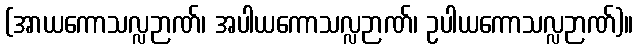
(အာယကောသလ္လဉာဏ်၊ အပါယကောသလ္လဉာဏ်၊ ဥပါယကောသလ္လဉာဏ်)။